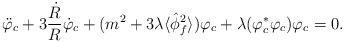
LaTeX: \begin{align*}\ddot{\varphi}_c + 3 \frac{\dot{R}}{R} \dot{\varphi}_c+ (m^2 + 3 \lambda \langle \hat{\phi}_f^2 \rangle ) \varphi_c+ \lambda (\varphi_c^* \varphi_c) \varphi_c = 0.\end{align*}